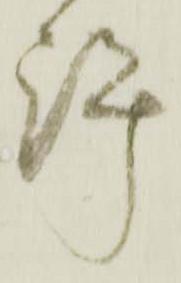
許